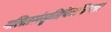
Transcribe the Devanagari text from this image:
गलितसंसृतिचित्रचिन्ता।